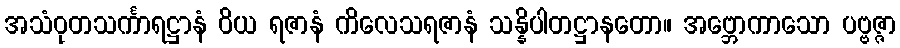
အသံဝုတသင်္ကာရဋ္ဌာနံ ဝိယ ရဇာနံ ကိလေသရဇာနံ သန္နိပါတဋ္ဌာနတော။ အဗ္ဘောကာသော ပဗ္ဗဇ္ဇာ